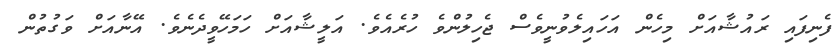
ފެނިފައި ރައުޝާއަށް މިހެން އަހައިލެވުނީވެސް ޖެހިލުންވެ ހުރެއެވެ. އަލީޝާއަށް ހަމަހޭވީދެނެވެ. އޭނާއަށް ވަގުތުން